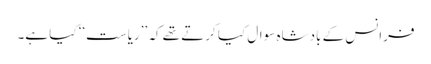
فرانس کے بادشاہ سوال کیا کرتے تھے کہ ’’ریاست‘‘ کیا ہے۔